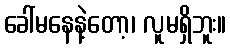
ခေါ်မနေနဲ့တော့၊ လူမရှိဘူး။